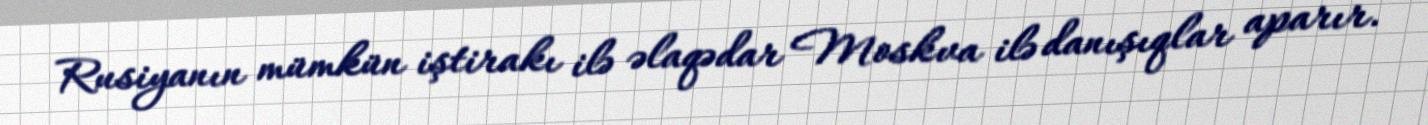
Rusiyanın mümkün iştirakı ilə əlaqədar Moskva ilə danışıqlar aparır.